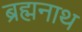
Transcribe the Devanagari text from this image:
ब्रह्मनाथ